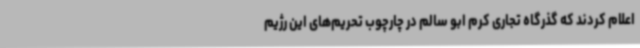
اعلام کردند که گذرگاه تجاری کرم ابو سالم در چارچوب تحریم‌های این رژیم